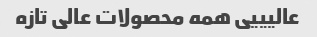
عالیییی همه محصولات عالی تازه